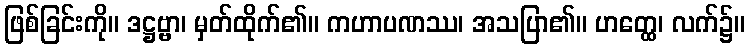
ဖြစ်ခြင်းကို။ ဒဋ္ဌဗ္ဗာ၊ မှတ်ထိုက်၏။ ကဟာပဏဿ၊ အသပြာ၏။ ဟတ္ထေ၊ လက်၌။